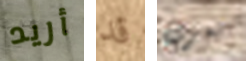
أريد قد تعرف